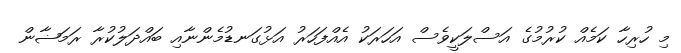
މި ހުރިހާ ކަމެއް ކުރުމުގެ އަސްލަކީވެސް އަހަރަކު އެއްފަހަރު އަޅުގަނޑުމެންނާއި ބައްދަލުކުރާ ރަމަޟާން